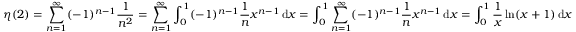
\eta ( 2 ) = \sum _ { n = 1 } ^ { \infty } ( - 1 ) ^ { n - 1 } { \frac { 1 } { n ^ { 2 } } } = \sum _ { n = 1 } ^ { \infty } \int _ { 0 } ^ { 1 } ( - 1 ) ^ { n - 1 } { \frac { 1 } { n } } { x } ^ { n - 1 } \, \mathrm { d } x = \int _ { 0 } ^ { 1 } \sum _ { n = 1 } ^ { \infty } ( - 1 ) ^ { n - 1 } { \frac { 1 } { n } } { x } ^ { n - 1 } \, \mathrm { d } x = \int _ { 0 } ^ { 1 } { \frac { 1 } { x } } \ln ( x + 1 ) \, \mathrm { d } x